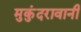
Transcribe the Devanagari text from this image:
मुकुंदरावानी